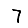
Digit: 7